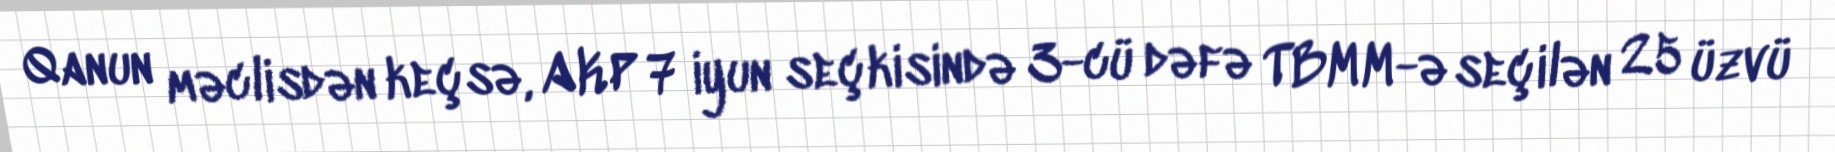
Qanun məclisdən keçsə, AKP 7 iyun seçkisində 3-cü dəfə TBMM-ə seçilən 25 üzvü